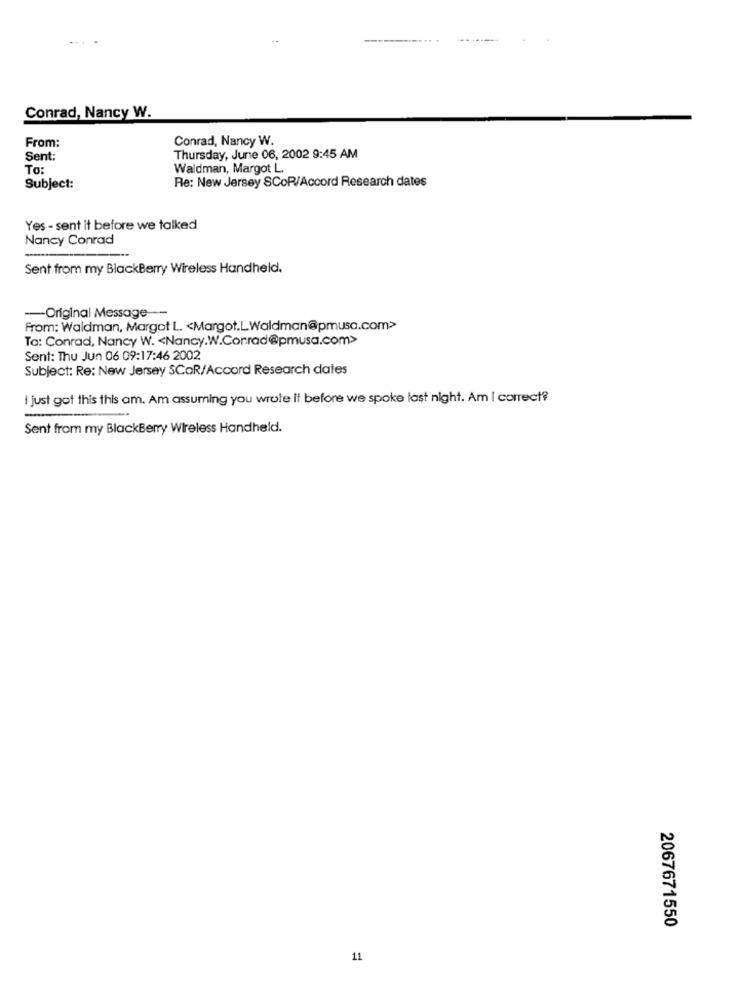
Conrad, Nancy W.
From:
Conrad, Nancy W.
Sent:
Thursday, June 06, 2002 9:45 AM
To:
Waldman, Margot L.
Re: New Jersey SCoR/Accord Research dates
Subject:
Yes - sent it before we talked
Nancy Conrad
Sent from my BlackBerry Wireless Handheld.
-Original Message ---
From: Waldman, Margot L. < Margot.LWaldman@pmusa.com>
To: Conrad, Nancy W. < Nancy.W.Corrad@pmusa.com>
Sent: Thu Jun 06 09:17:46 2002
Subject: Re: New Jersey SCOR/Accord Research dates
i just got this this am. Am assuming you wrote it before we spoke last night. Am I correct?
Sent from my BlackBerry Wireless Handheld.
2067671550
11